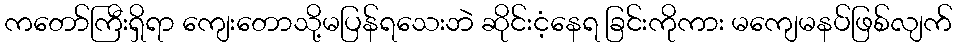
ကတော်ကြီးရှိရာ ကျေးတောသို့မပြန်ရသေးဘဲ ဆိုင်းငံ့နေရ ခြင်းကိုကား မကျေမနပ်ဖြစ်လျက်